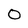
Character: O